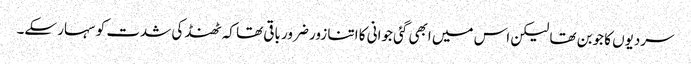
سردیوں کا جوبن تھا لیکن اس میں ابھی گئی جوانی کا اتنا زور ضرور باقی تھا کہ ٹھنڈ کی شدت کو سہار سکے۔